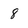
Character: 8